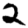
Digit: 2